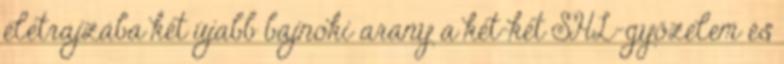
életrajzába két újabb bajnoki arany a két-két SHL-győzelem és